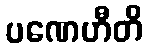
ပဏေဟီတိ